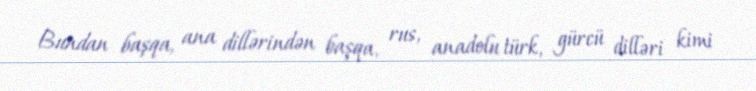
Bundan başqa, ana dillərindən başqa, rus, anadolu türk, gürcü dilləri kimi